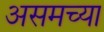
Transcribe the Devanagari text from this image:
असमच्या